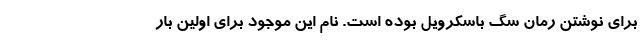
برای نوشتن رمان سگ باسکرویل بوده است. نام این موجود برای اولین بار